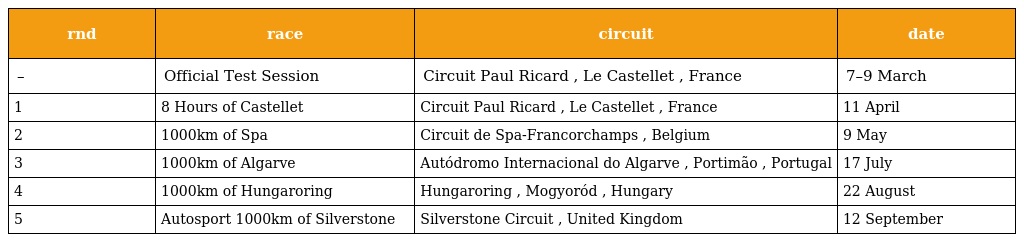
| rnd | race | circuit | date |
 | --- | --- | --- | --- |
 | – | Official Test Session | Circuit Paul Ricard , Le Castellet , France | 7–9 March |
 | 1 | 8 Hours of Castellet | Circuit Paul Ricard , Le Castellet , France | 11 April |
 | 2 | 1000km of Spa | Circuit de Spa-Francorchamps , Belgium | 9 May |
 | 3 | 1000km of Algarve | Autódromo Internacional do Algarve , Portimão , Portugal | 17 July |
 | 4 | 1000km of Hungaroring | Hungaroring , Mogyoród , Hungary | 22 August |
 | 5 | Autosport 1000km of Silverstone | Silverstone Circuit , United Kingdom | 12 September |